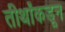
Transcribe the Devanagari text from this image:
तीर्थांकडून